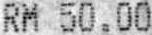
RM 50.00